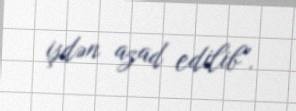
işdən azad edilib”.